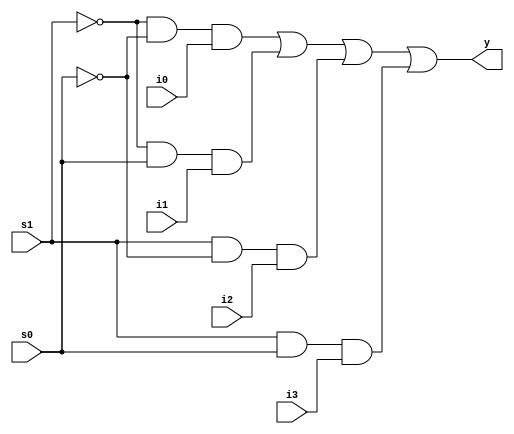
module mux4x1(i0,i1,i2,i3,s0,s1,y);
input i0,i1,i2,i3,s0,s1;
output wire y;
wire y0,y1,y2,y3,ns0,ns1;
not(ns0,s0);
not(ns1,s1);
and(y0,ns1,ns0,i0);
and(y1,ns1,s0,i1);
and(y2,s1,ns0,i2);
and(y3,s1,s0,i3);
or(y,y0,y1,y2,y3);
endmodule